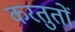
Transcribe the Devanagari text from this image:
करतुतों